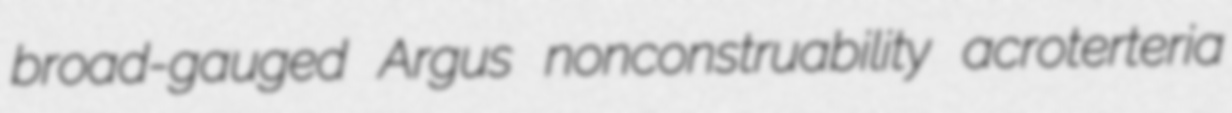
broad-gauged Argus nonconstruability acroterteria